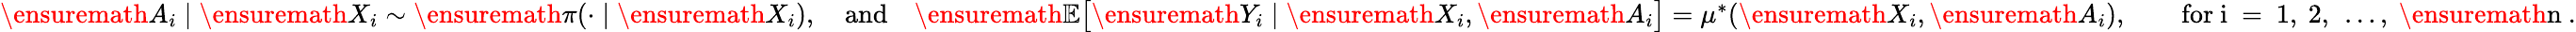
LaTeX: \begin{array}{r}{\ensuremath{A}_{i}\mid\ensuremath{X}_{i}\sim\ensuremath{\pi(\cdot\mid\ensuremath{X}_{i})},\quad\mathrm{and}\quad\ensuremath{{\mathbb{E}}}\big[\ensuremath{Y}_{i}\mid\ensuremath{X}_{i},\ensuremath{A}_{i}\big]=\mu^{*}(\ensuremath{X}_{i},\ensuremath{A}_{i}),\qquad\mathrm{for~i~=~1,~2,~\ldots,~\ensuremath{n}~.}}\end{array}